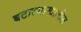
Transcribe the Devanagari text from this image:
बटाट्याखालील